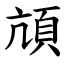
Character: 頏